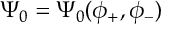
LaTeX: \Psi _ { 0 } = \Psi _ { 0 } ( \phi _ { + } , \phi _ { - } )